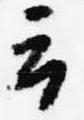
云